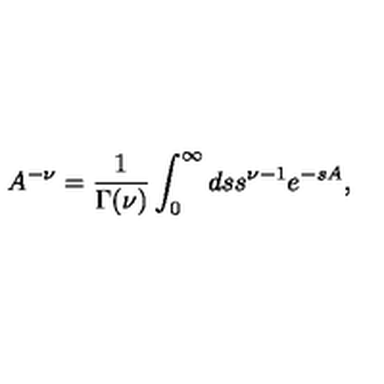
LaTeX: A ^ { - \nu } = \frac { 1 } { \Gamma ( \nu ) } \int _ { 0 } ^ { \infty } d s s ^ { \nu - 1 } e ^ { - s A } ,